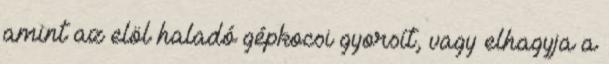
amint az elöl haladó gépkocsi gyorsít, vagy elhagyja a